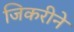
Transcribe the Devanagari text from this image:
जिकरीने